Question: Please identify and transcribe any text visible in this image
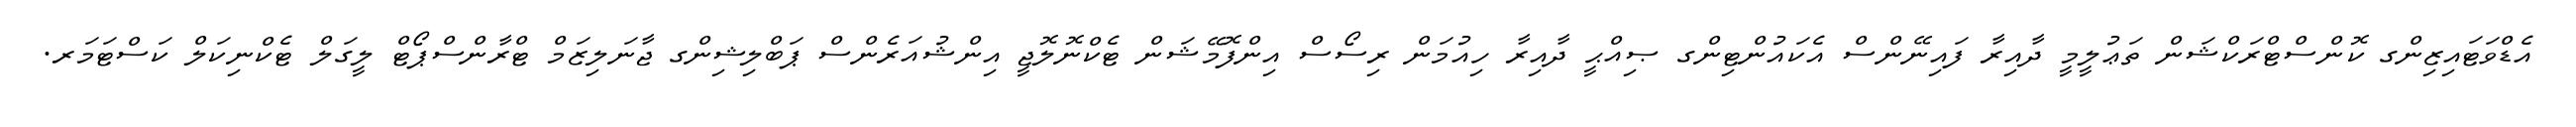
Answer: އެޑްވަޓައިޒިންގ ކޮންސްޓްރަކްޝަން ތަޢުލީމީ ދާއިރާ ފައިނޭންސް އެކައުންޓިންގ ޞިއްޙީ ދާއިރާ ހިއުމަން ރިސޯސް އިންފޮމޭޝަން ޓެކްނޮލޮޖީ އިންޝުއަރެންސް ޕަބްލިޝިންގ ޖާނަލިޒަމް ޓްރާންސްޕޯޓް ލީގަލް ޓެކްނިކަލް ކަސްޓަމަރ.